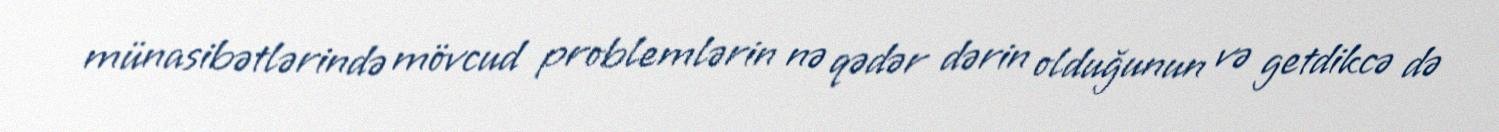
münasibətlərində mövcud problemlərin nə qədər dərin olduğunun və getdikcə də